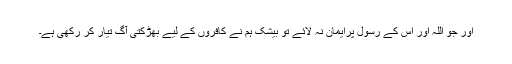
اور جو اللہ اور اس کے رسول پرایمان نہ لائے تو بیشک ہم نے کافروں کے لیے بھڑکتی آگ تیار کر رکھی ہے۔